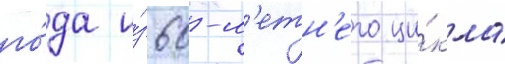
го́да и́з 60-л'етн'его ци́кла